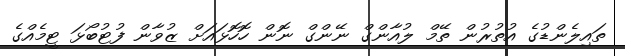
ތައިލެންޑުގެ އުތުރުން ތޭމް ލުއާންގް ނޭންގް ނޮން ހޮހޮޅައަށް ޒުވާން ފުޓުބޯޅަ ޓީމެއްގެ